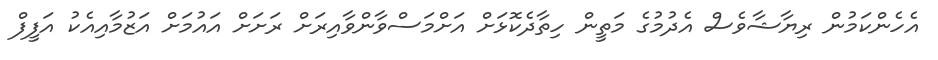
އެހެންކަމުން ރިޔާޝާވެސް އެދުމުގެ މަތީން ހިތާދެކޮޅަށް އަށްމަސްވާންވާއިރަށް ރަށަށް އައުމަށް އަޒުމާއިއެކު އަފީފް